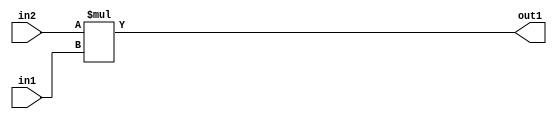
`timescale 1ps / 1ps
/*****************************************************************************
    Verilog RTL Description
    
    
    Created by: Stratus DpOpt 2019.1.01 
*******************************************************************************/

module st_weight_addr_gen_Mul_32Ux16U_32U_4_3 (
	in2,
	in1,
	out1
	); /* architecture "behavioural" */ 
input [31:0] in2;
input [15:0] in1;
output [31:0] out1;
wire [31:0] asc001;

assign asc001 = 
	+(in2 * in1);

assign out1 = asc001;
endmodule

/* CADENCE  ubL0Qgo= : u9/ySgnWtBlWxVPRXgAZ4Og= ** DO NOT EDIT THIS LINE ******/